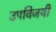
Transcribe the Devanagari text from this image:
उपविजयी